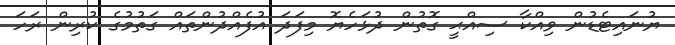
ޔުނައިޓެޑުން ވިއްކާ ސިއްޙީ ގޮތުން ދުޅަހެޔޮ މިފަދަ އުފެއްދުންތައް ގަތުމުގެ ކުރިން ރަހަ